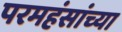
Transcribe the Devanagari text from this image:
परमहंसांच्या